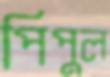
পিপুল